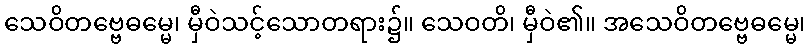
သေဝိတဗ္ဗေဓမ္မေ၊ မှီဝဲသင့်သောတရား၌။ သေဝတိ၊ မှီဝဲ၏။ အသေဝိတဗ္ဗေဓမ္မေ၊